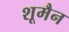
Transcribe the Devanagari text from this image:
शूमैन